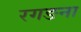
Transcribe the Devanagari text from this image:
रगङना